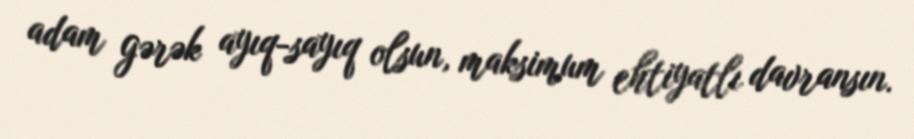
adam gərək ayıq-sayıq olsun, maksimum ehtiyatlı davransın.